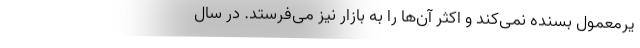
یرمعمول بسنده نمی‌کند و اکثر آن‌ها را به بازار نیز می‌فرستد. در سال